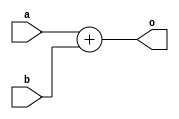
module has_ports_1 (output reg [8:0] o,
		  input wire [7:0] a,
		  input wire [7:0] b);
   always @* o <= a + b;
endmodule